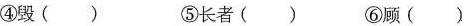
④段() ⑤长者() ⑥顾()